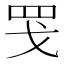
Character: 𫻬